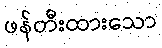
ဖန်တီးထားသော